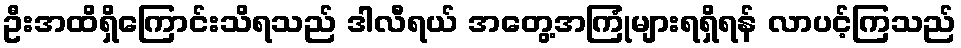
ဦးအထိရှိကြောင်းသိရသည် ဒါလီရယ် အတွေ့အကြုံများရရှိရန် လာပင့်ကြသည်